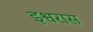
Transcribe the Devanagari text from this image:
इश्वरास